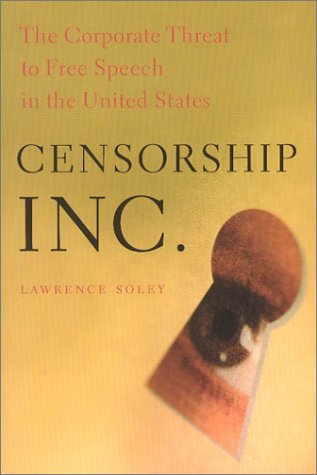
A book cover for Censorship, Inc.: The Corporate Threat to Free Speech in the United States; Lawrence Soley; Law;